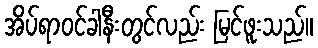
အိပ်ရာဝင်ခါနီးတွင်လည်း မြင်ဖူးသည်။